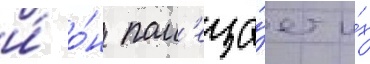
и́ о́н пом'еща́ет и́х